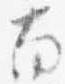
南